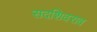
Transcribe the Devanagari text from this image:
सदशिवराव